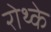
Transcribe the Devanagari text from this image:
रोथ्के